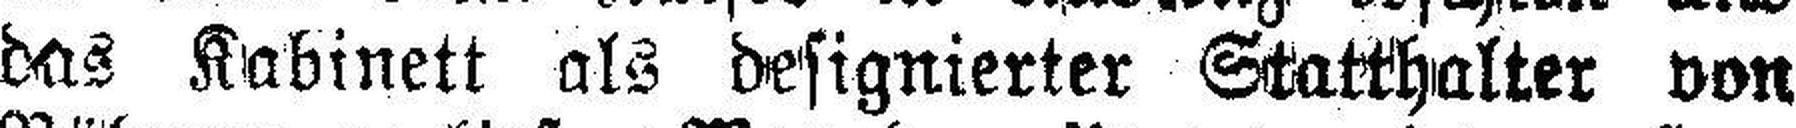
das Kabinett als designierter Statthalter von